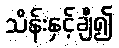
သိန်းနှင့်ချီ၍